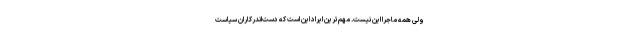
ولی همه ماجرا این نیست. مهم‌ترین ایراد این است که دست‌اندرکاران سیاست